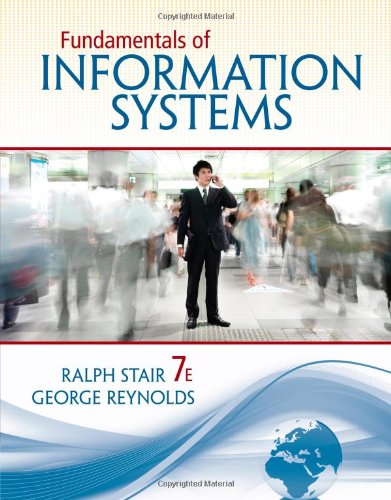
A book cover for Fundamentals of Information Systems; Ralph Stair; Computers & Technology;